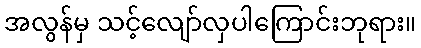
အလွန်မှ သင့်လျော်လှပါကြောင်းဘုရား။